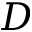
D